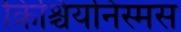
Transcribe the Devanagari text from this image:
क्रिश्चियनिस्मस